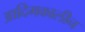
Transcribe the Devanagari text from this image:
आदिमकालीन